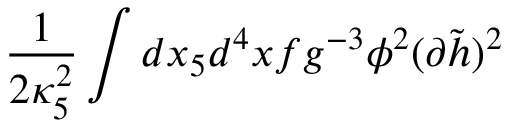
\frac { 1 } { 2 \kappa _ { 5 } ^ { 2 } } \int d x _ { 5 } d ^ { 4 } x f g ^ { - 3 } \phi ^ { 2 } ( \partial \tilde { h } ) ^ { 2 }